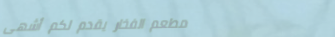
مطعم الفخار يقدم لكم أشهى